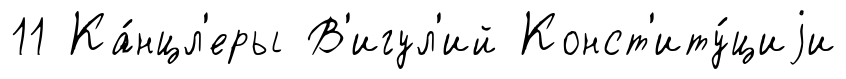
11 Ка́нцл'еры В'игул'ий Конст'иту́циjи